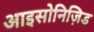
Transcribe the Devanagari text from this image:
आइसोनिज़िड